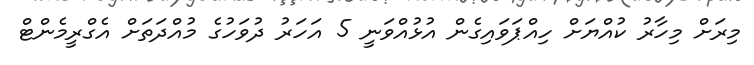
މިރަށް މިހާރު ކުއްޔަށް ހިއްޕަވައިގެން އުޅުއްވަނީ 5 އަހަރު ދުވަހުގެ މުއްދަތަށް އެގްރީމެންޓް